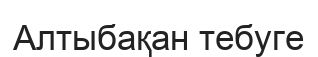
Алтыбақан тебуге